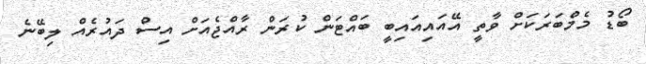
ބޯޑު މެމްބަރަކަށް ވާތީ އޭއައިއައިބީ ބައްޓަން ކުރަން ރާއްޖެއަށް އިސް ދައުރެއް ލިބޭނެ